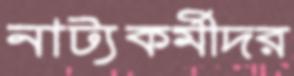
নাট্যকর্মীদর